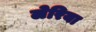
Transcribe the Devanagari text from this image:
लेरिया